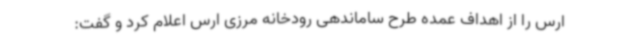
ارس را از اهداف عمده طرح ساماندهی رودخانه مرزی ارس اعلام کرد و گفت: